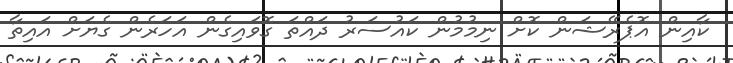
ކާއިން އޮޕެރޭޝަން ކޮށް ނިމުމުން ކައުސަރު ދައްތަ ގޮވައިގެން އަހަރެން ގެޔަށް އައިތާ